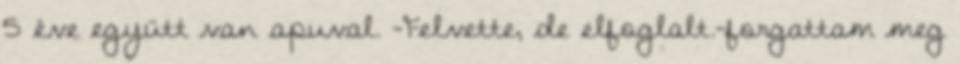
5 éve együtt van apuval. -Felvette, de elfoglalt.-forgattam meg